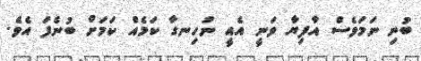
ބުނި ނަމަވެސް އާފިޔާ ވަނީ އެއީ ނުހިނގާ ކަމެއް ކަމަށް ބުނެފަ އެވެ.